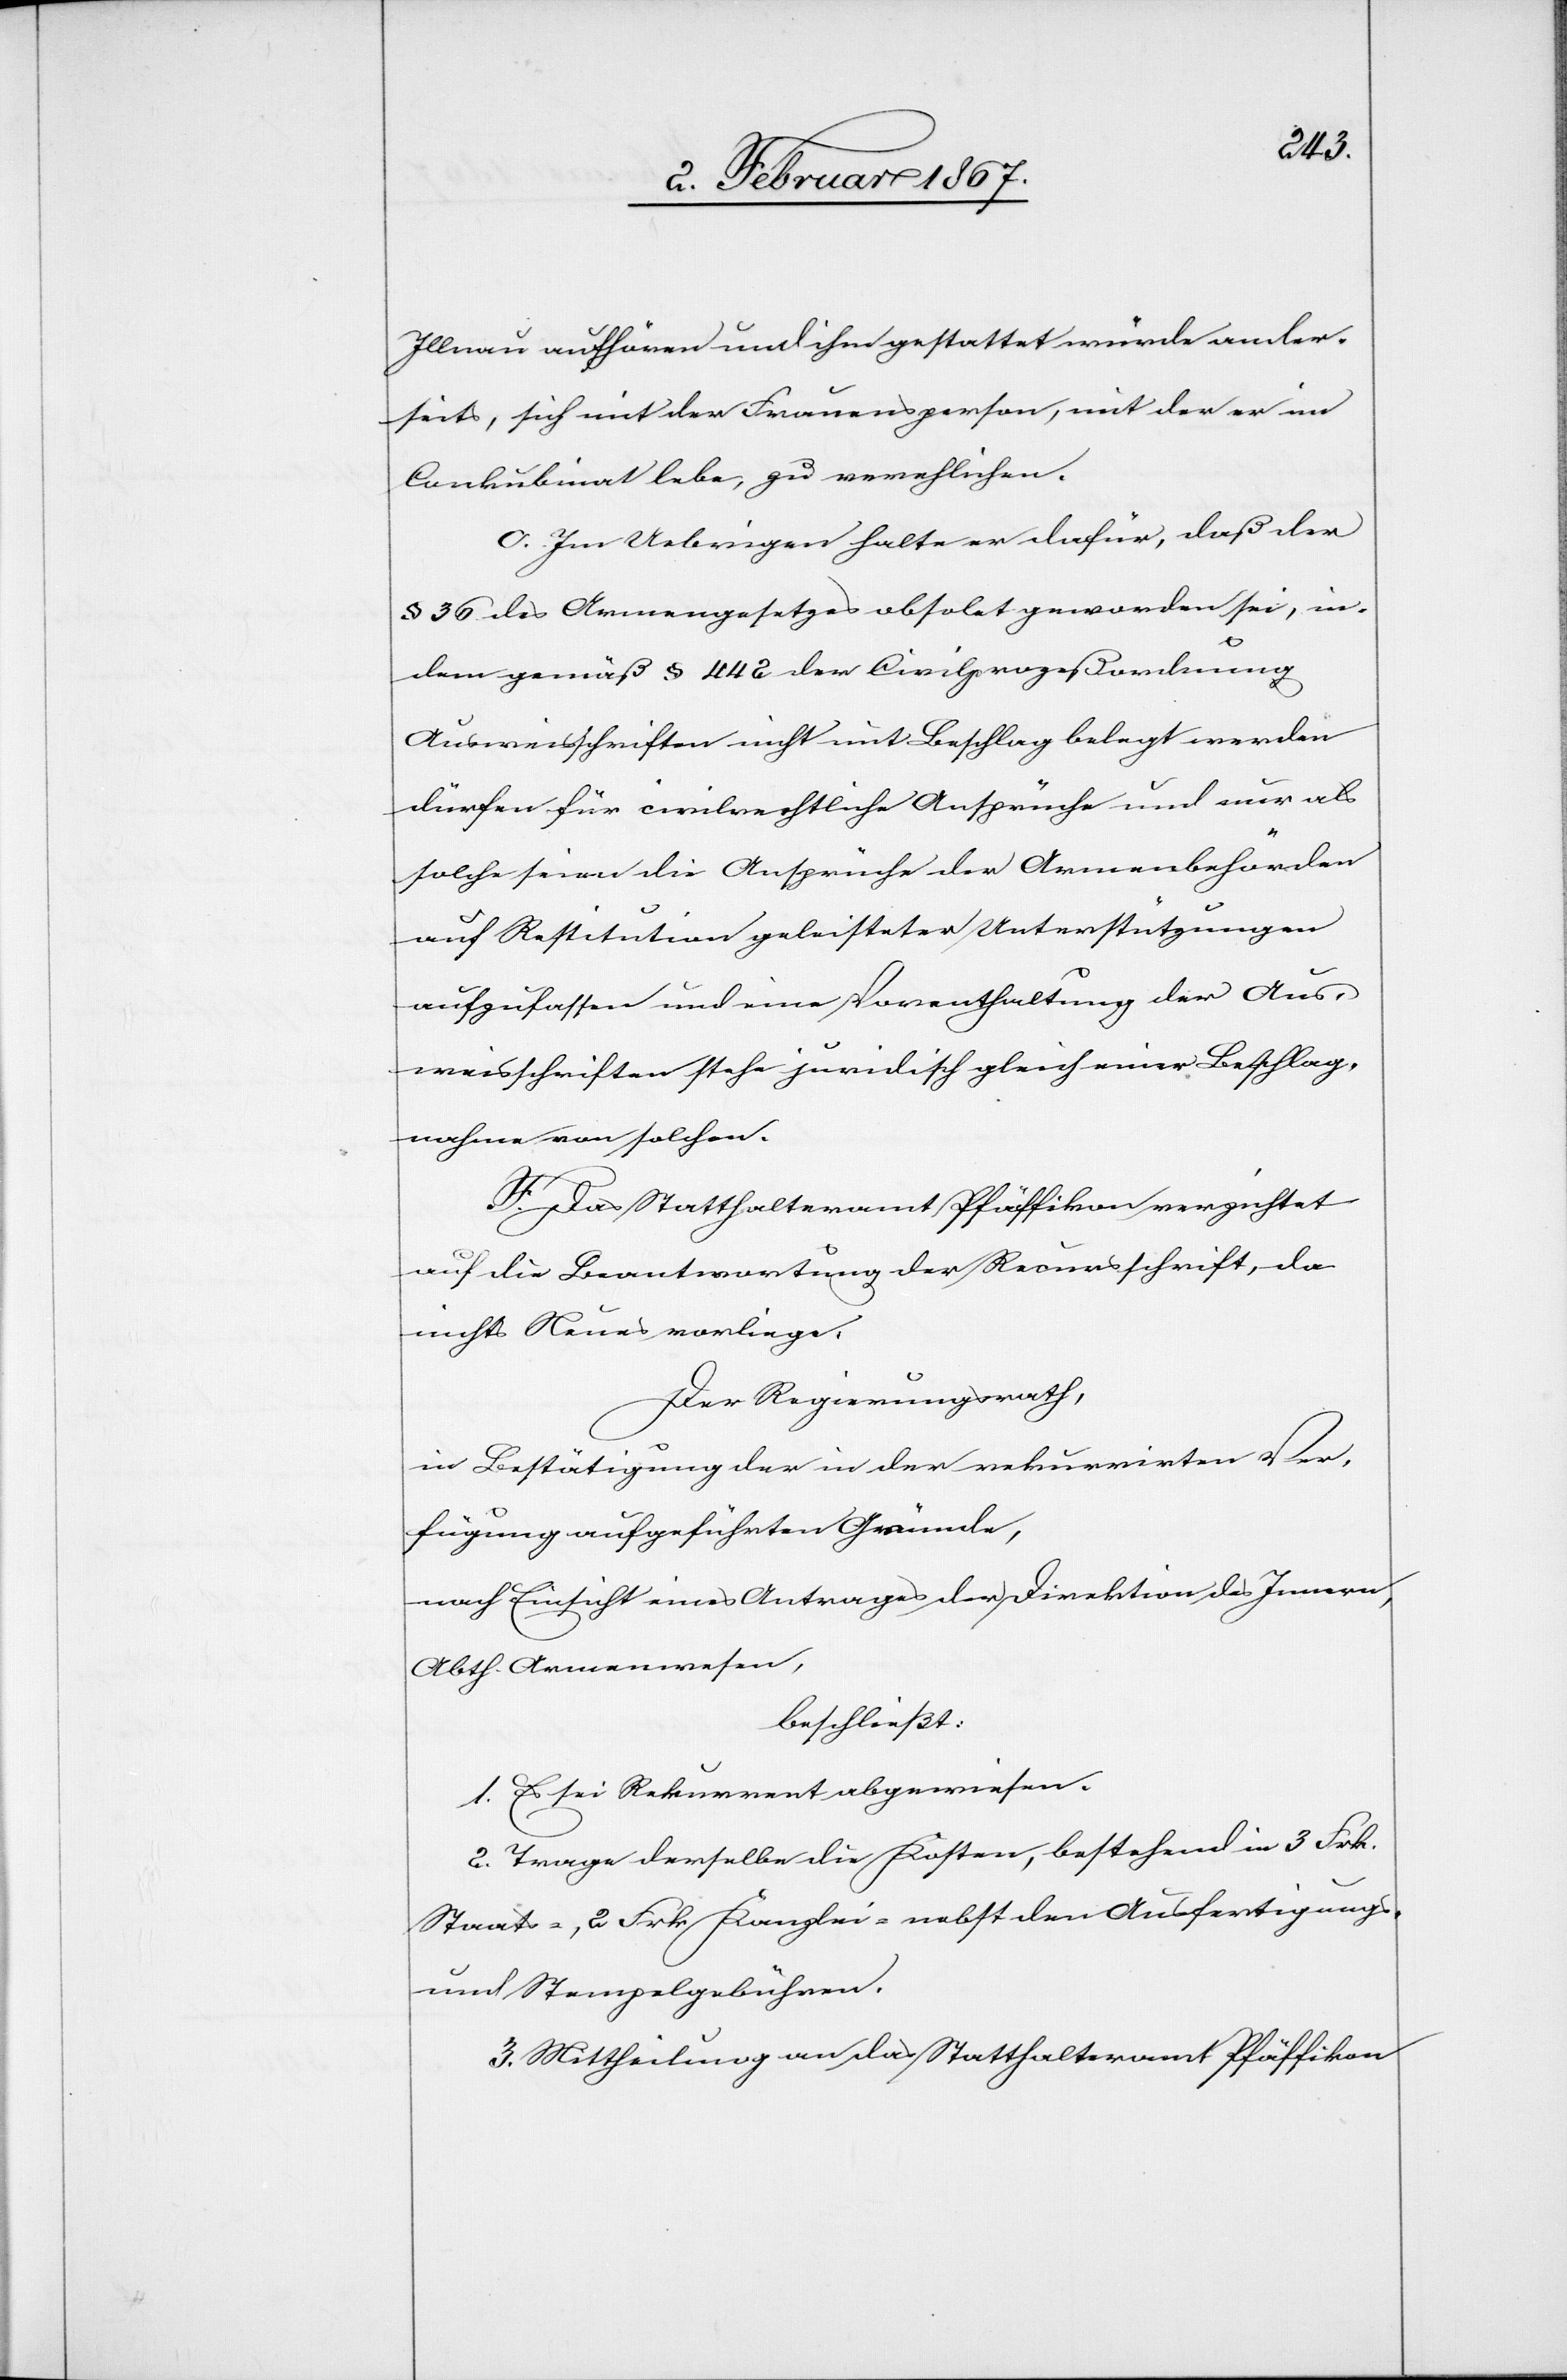
Illnau aufhören und ihm gestattet würde ander¬
seits, sich mit der Frauensperson, mit der er im
Conkubinat lebe, zu verehlichen.
c. Im Uebrigen halte er dafür, daß der
§ 36 des Armengesetzes obsolet geworden sei, in¬
dem gemäß § 442 der Civilprozeßordnung
Ausweisschriften nicht mit Beschlag belegt werden
dürfen für civilrechtliche Ansprüche und nur als
solche seien die Ansprüche der Armenbehörden
auf Restitution geleisteter Unterstützungen
aufzufassen und eine Vorenthaltung der Aus¬
weisschriften stehe juridisch gleich einer Beschlag¬
nahme von solchen.
F. Das Statthalteramt Pfäffikon verzichtet
auf die Beantwortung der Recursschrift, da
nichts Neues vorliege,
Der Regierungsrath,
in Bestätigung der in der rekurrirten Ver¬
fügung aufgeführten Gründe,
nach Einsicht eines Antrages der Direktion des Innern,
Abth. Armenwesen,
beschließt:
1. Es sei Rekurrent abgewiesen.
2. Trage derselbe die Kosten, bestehend in 3 Frk.
Staats-, 2 Frk Kanzlei- nebst den Ausfertigungs-
und Stempelgebühren.
3. Mittheilung an das Statthalteramt Pfäffikon